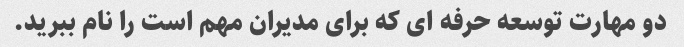
دو مهارت توسعه حرفه ای که برای مدیران مهم است را نام ببرید.